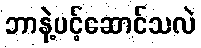
ဘာနဲ့ပင့်ဆောင်သလဲ